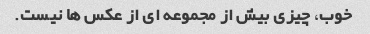
خوب، چیزی بیش از مجموعه ای از عکس ها نیست.